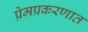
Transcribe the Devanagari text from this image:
प्रेमप्रकरणात